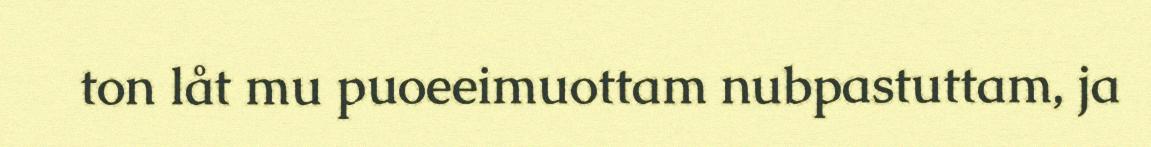
ton låt mu puoeeimuottam nubpastuttam, ja